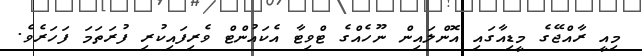
މިއީ ރާއްޖޭގެ މީޑިއާގައި އޮންލައިން ނޫހެއްގެ ޓްވިޓާ އެކައުންޓް ވެރިފައިކުރި ފުރަތަމަ ފަހަރެވެ.